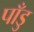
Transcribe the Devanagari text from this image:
पाँडु